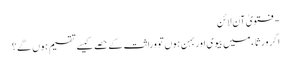
- فتویٰ آن لائن
اگر ورثاء میں بیوی اور بہن ہوں تو وراثت کے حصے کیسے تقسیم ہوں گے؟